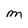
Character: M